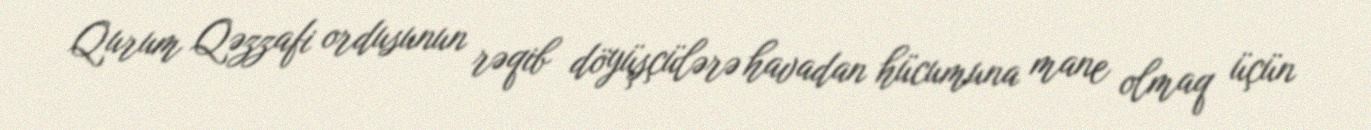
Qurum Qəzzafi ordusunun rəqib döyüşçülərə havadan hücumuna mane olmaq üçün